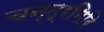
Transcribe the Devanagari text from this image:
चन्द्रगिरि